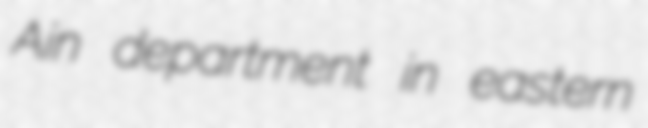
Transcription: Ain department in eastern